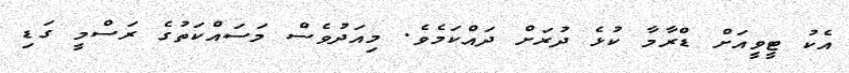
އެކު ޓީވީއަށް ޑްރާމާ ކުޅެ ދުރަށް ދައްކަމެވެ. މިއަދުވެސް މަސައްކަތުގެ ރަސްމީ ގަޑި